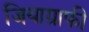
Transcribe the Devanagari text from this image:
जियाग्राफी